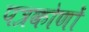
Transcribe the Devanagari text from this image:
पत्रकोणों